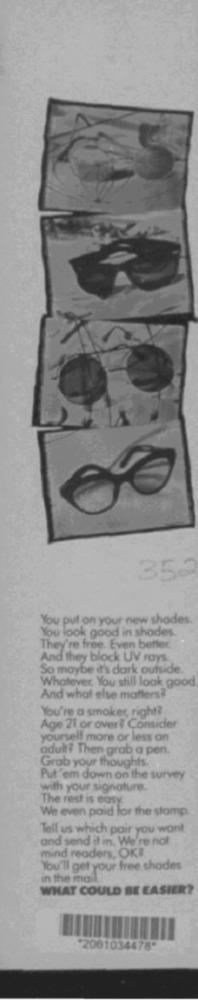
352
You put on your new shades.
You look good in shades.
They're free. Even better.
And they block UV rays
So maybe it's dark outside
Whatever You still look good
And what else matters?
You're a smoker, right?
Age 21 or over# Consider
yourself more or less on
adult? Then grab a pen.
Grab your thoughts.
Put 'em down on the survey
with your signature.
The rest is easy
We even paid for the stamp
Tell us which pair you want
and send it in. We're not
mind readers, OK?
You'll get your free shades
in the mail.
WHAT COULD BE EASIER?
*2061034478*